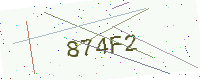
Text: 874F2